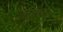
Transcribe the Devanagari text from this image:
बाइनॉक्युलर